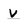
Character: v